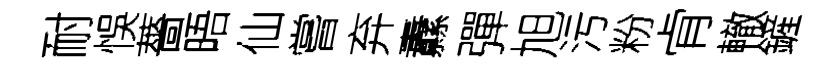
耐悞薔晤仙嘗弃纛彈旭污粉肻轍鏟